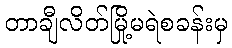
တာချီလိတ်မြို့မရဲစခန်းမှ